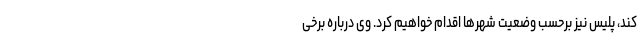
کند، پلیس نیز برحسب وضعیت شهرها اقدام خواهیم کرد. وی درباره برخی